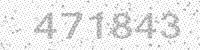
Solution: 471843